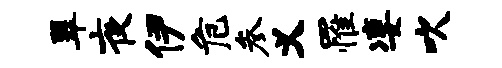
翠夜伊危参义罹凄吹